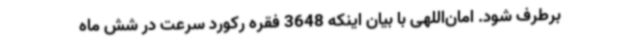
برطرف شود. امان‌اللهی با بیان اینکه 3648 فقره رکورد سرعت در شش ماه